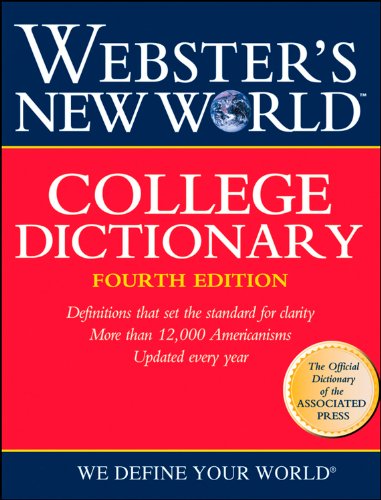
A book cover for Webster's New World College Dictionary, Indexed Fourth Edition; The Editors of the Webster's New World Dictionaries; Reference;